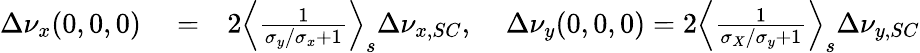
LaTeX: \begin{array}{rlr}{\Delta\nu_{x}(0,0,0)}&{{}=}&{2\Big\langle\frac{1}{\sigma_{y}/\sigma_{x}+1}\Big\rangle_{s}\Delta\nu_{x,SC},\; \; \; \; \Delta\nu_{y}(0,0,0)=2\Big\langle\frac{1}{\sigma_{X}/\sigma_{y}+1}\Big\rangle_{s}\Delta\nu_{y,SC}}\end{array}